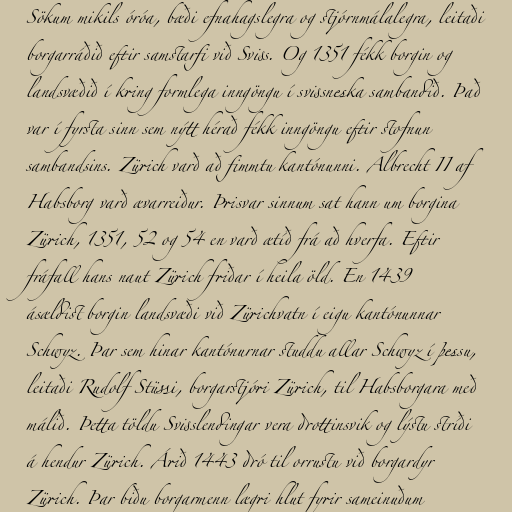
Sökum mikils óróa, bæði efnahagslegra og stjórnmálalegra, leitaði
borgarráðið eftir samstarfi við Sviss. Og 1351 fékk borgin og
landsvæðið í kring formlega inngöngu í svissneska sambandið. Það
var í fyrsta sinn sem nýtt hérað fékk inngöngu eftir stofnun
sambandsins. Zürich varð að fimmtu kantónunni. Albrecht II af
Habsborg varð ævarreiður. Þrisvar sinnum sat hann um borgina
Zürich, 1351, 52 og 54 en varð ætíð frá að hverfa. Eftir
fráfall hans naut Zürich friðar í heila öld. En 1439
ásældist borgin landsvæði við Zürichvatn í eigu kantónunnar
Schwyz. Þar sem hinar kantónurnar studdu allar Schwyz í þessu,
leitaði Rudolf Stüssi, borgarstjóri Zürich, til Habsborgara með
málið. Þetta töldu Svisslendingar vera drottinsvik og lýstu stríði
á hendur Zürich. Árið 1443 dró til orrustu við borgardyr
Zürich. Þar biðu borgarmenn lægri hlut fyrir sameinuðum